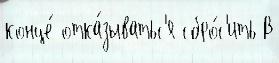
конце́ отка́зыватьс'я сбро́с'ить В